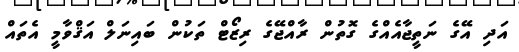
އަދި އޭގެ ނަތީޖާއެއްގެ ގޮތުން ރާއްޖޭގެ ރިޒޯޓް ތަކުން ބައިނަލް އަޤްވާމީ އެތައް